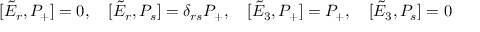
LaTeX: [ \tilde { E } _ { r } , P _ { + } ] = 0 , \quad [ \tilde { E } _ { r } , P _ { s } ] = \delta _ { r s } P _ { + } , \quad [ \tilde { E } _ { 3 } , P _ { + } ] = P _ { + } , \quad [ \tilde { E } _ { 3 } , P _ { s } ] = 0